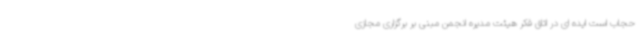
حجاب است ایده ای در اتاق فکر هیئت مدیره انجمن مبنی بر برگزاری مجازی